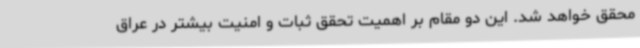
محقق خواهد شد. این دو مقام بر اهمیت تحقق ثبات و امنیت بیشتر در عراق